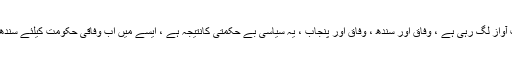
انہوں نے کہا کہ وزراءکے زہر اگلنے کا نتیجہ ہے کہ اب آواز لگ رہی ہے ، وفاق اور سندھ ، وفاق اور پنجاب ، یہ سیاسی بے حکمتی کانتیجہ ہے ، ایسے میں اب وفاقی حکومت کیلئے سندھ اورکراچی میں اپنے منصوبے مکمل کرنا کیا آسان ہوگا ؟